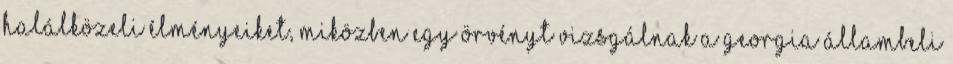
halálközeli élményeiket, miközben egy örvényt vizsgálnak a Georgia állambeli